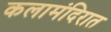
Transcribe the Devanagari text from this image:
कलामंदिरात